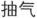
抽气